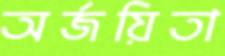
অর্জয়িতা